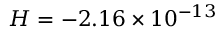
H = - 2 . 1 6 \times 1 0 ^ { - 1 3 }